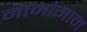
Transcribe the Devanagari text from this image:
नामांगान